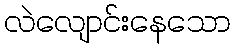
လဲလျောင်းနေသော